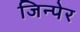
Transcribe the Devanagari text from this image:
जिन्पेर